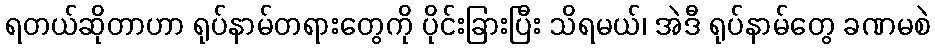
ရတယ်ဆိုတာဟာ ရုပ်နာမ်တရားတွေကို ပိုင်းခြားပြီး သိရမယ်၊ အဲဒီ ရုပ်နာမ်တွေ ခဏမစဲ